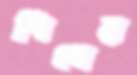
শিনের